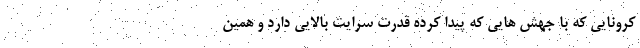
کرونایی که با جهش هایی که پیدا کرده قدرت سرایت بالایی دارد و همین